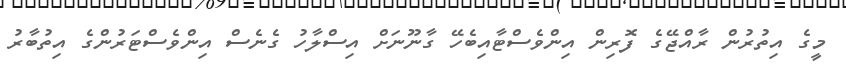
މީގެ އިތުރުން ރާއްޖޭގެ ފޮރިން އިންވެސްޓާއިބެހޭ ގާނޫނަށް އިސްލާހު ގެނެސް އިންވެސްޓަރުންގެ އިތުބާރު